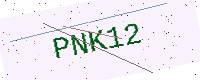
Text: PNK12